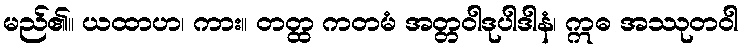
မည်၏။ ယထာဟ၊ ကား။ တတ္ထ ကတမံ အတ္တဝါဒုပါဒါနံ၊ ဣဓ အဿုတဝါ